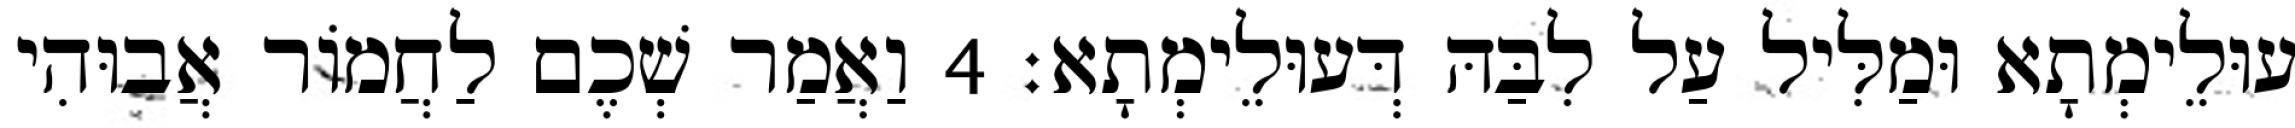
עוּלֵימְתָא וּמַלִּיל עַל לִבַּהּ דְּעוּלֵימְתָא׃ 4 וַאֲמַר שְׁכֶם לַחֲמוֹר אֲבוּהִי